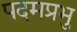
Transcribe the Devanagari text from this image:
पदमप्रभु